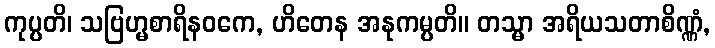
ကုပ္ပတိ၊ သဗြဟ္မစာရိနဝကေ, ဟိတေန အနုကမ္ပတိ။ တသ္မာ အရိယသတာစိဏ္ဏံ,